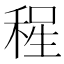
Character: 𱶏